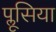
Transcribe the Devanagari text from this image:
प्लूसिया